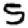
Digit: 5